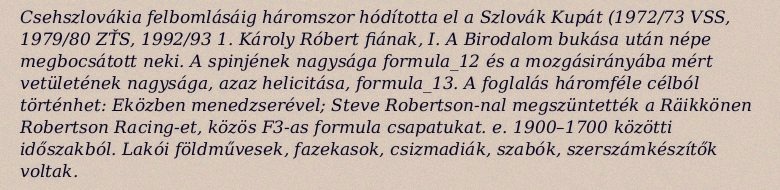
Csehszlovákia felbomlásáig háromszor hódította el a Szlovák Kupát (1972/73 VSS, 1979/80 ZŤS, 1992/93 1. Károly Róbert fiának, I. A Birodalom bukása után népe megbocsátott neki. A spinjének nagysága formula_12 és a mozgásirányába mért vetületének nagysága, azaz helicitása, formula_13. A foglalás háromféle célból történhet: Eközben menedzserével; Steve Robertson-nal megszüntették a Räikkönen Robertson Racing-et, közös F3-as formula csapatukat. e. 1900–1700 közötti időszakból. Lakói földművesek, fazekasok, csizmadiák, szabók, szerszámkészítők voltak.